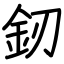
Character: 釰